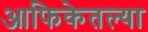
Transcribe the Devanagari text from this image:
आफिकेतल्या